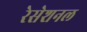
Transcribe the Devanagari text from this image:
रेसेशनल